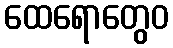
ထေရောတွေဝ